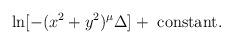
LaTeX: \begin{align*}\ln[-(x^2+y^2)^\mu \Delta] +~{\rm constant}.\end{align*}